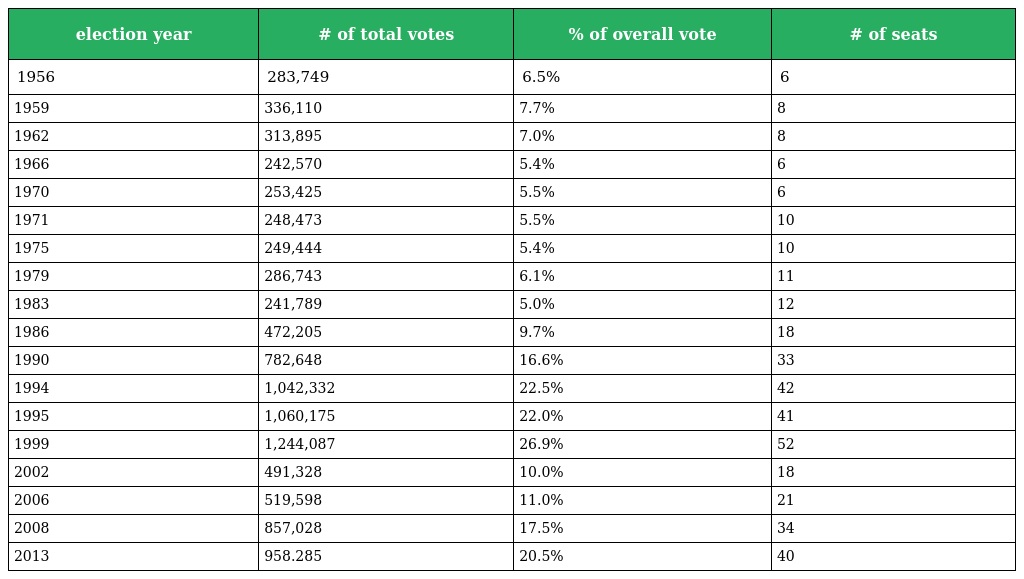
| election year | # of total votes | % of overall vote | # of seats |
 | --- | --- | --- | --- |
 | 1956 | 283,749 | 6.5% | 6 |
 | 1959 | 336,110 | 7.7% | 8 |
 | 1962 | 313,895 | 7.0% | 8 |
 | 1966 | 242,570 | 5.4% | 6 |
 | 1970 | 253,425 | 5.5% | 6 |
 | 1971 | 248,473 | 5.5% | 10 |
 | 1975 | 249,444 | 5.4% | 10 |
 | 1979 | 286,743 | 6.1% | 11 |
 | 1983 | 241,789 | 5.0% | 12 |
 | 1986 | 472,205 | 9.7% | 18 |
 | 1990 | 782,648 | 16.6% | 33 |
 | 1994 | 1,042,332 | 22.5% | 42 |
 | 1995 | 1,060,175 | 22.0% | 41 |
 | 1999 | 1,244,087 | 26.9% | 52 |
 | 2002 | 491,328 | 10.0% | 18 |
 | 2006 | 519,598 | 11.0% | 21 |
 | 2008 | 857,028 | 17.5% | 34 |
 | 2013 | 958.285 | 20.5% | 40 |